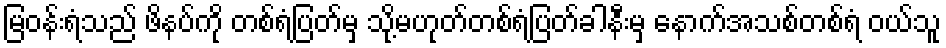
မြဝန်းရံသည် ဖိနပ်ကို တစ်ရံပြတ်မှ သို့မဟုတ်တစ်ရံပြတ်ခါနီးမှ နောက်အသစ်တစ်ရံ ဝယ်သူ